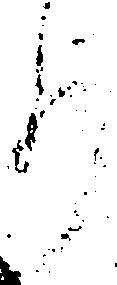
り